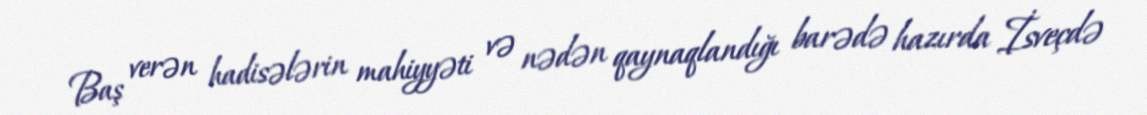
Baş verən hadisələrin mahiyyəti və nədən qaynaqlandığı barədə hazırda İsveçdə